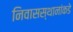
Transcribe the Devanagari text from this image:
निवासस्थानांकडे